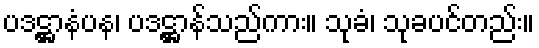
ပဒဋ္ဌာနံပန၊ ပဒဋ္ဌာန်သည်ကား။ သုခံ၊ သုခပင်တည်း။